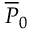
\overline { { P } } _ { 0 }